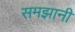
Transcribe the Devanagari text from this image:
समझानी